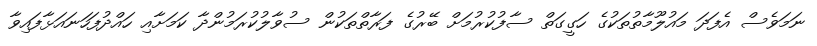
ނަމަވެސް އެފަދަ މައުލޫމާތުތަކުގެ ހަގީގަތް ސާފުކުރުމަށް ބޭރުގެ ފަރާތްތަކުން ސުވާލުކުރަމުންދާ ކަމަށާއި ހައްދުފަހަނައަޅާފައިވާ